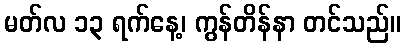
မတ်လ ၁၃ ရက်နေ့၊ ကွန်တိန်နာ တင်သည်။